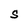
Character: S